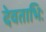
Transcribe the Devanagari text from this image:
देवताभिः